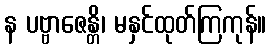
န ပဗ္ဗာဇေန္တိ၊ မနှင်ထုတ်ကြကုန်။